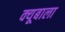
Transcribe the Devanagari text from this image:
क्यूबाला